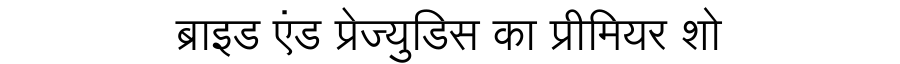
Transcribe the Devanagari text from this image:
ब्राइड एंड प्रेज्युडिस का प्रीमियर शो